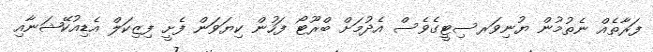
ފަރާތެއް ނެތުމުން ޔުނިވަރސިޓީގެވެސް އެދުމަށް ބްރޫޓޯ ފަހުން ކިޔަވަން ފެށީ ފިޒިކަލް އެޑިއުކޭޝަނާއި